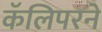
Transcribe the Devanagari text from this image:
कॅलिपरने